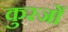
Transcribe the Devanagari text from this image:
कुरजों